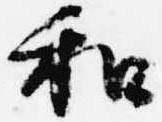
和